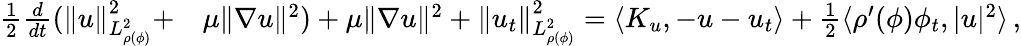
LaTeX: \begin{array}{rl}{\frac{1}{2}\frac{d}{dt}(\| u\| _{L_{\rho(\phi)}^{2}}^{2}+}&{\mu\| \nabla u\| ^{2})+\mu\| \nabla u\| ^{2}+\| u_{t}\| _{L_{\rho(\phi)}^{2}}^{2}=\langle K_{u},-u-u_{t}\rangle+\frac{1}{2}\langle\rho^{\prime}(\phi)\phi_{t},|u|^{2}\rangle\, ,}\end{array}